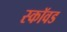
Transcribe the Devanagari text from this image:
स्कॉवड